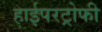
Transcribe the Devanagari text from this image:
हाईपरट्रोफी